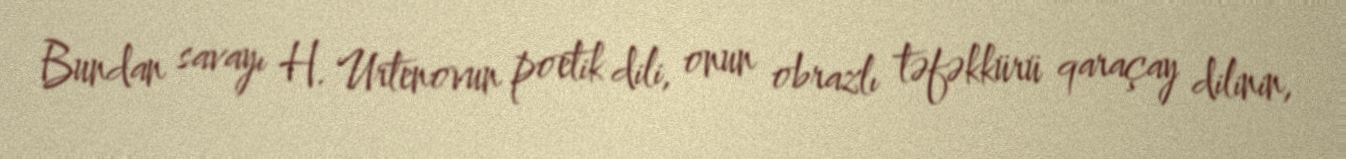
Bundan savayı H. Urtenovun poetik dili, onun obrazlı təfəkkürü qaraçay dilinin,